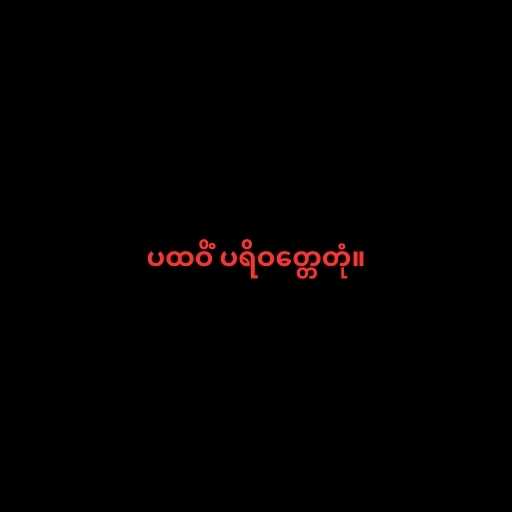
ပထဝိံ ပရိဝတ္တေတုံ။